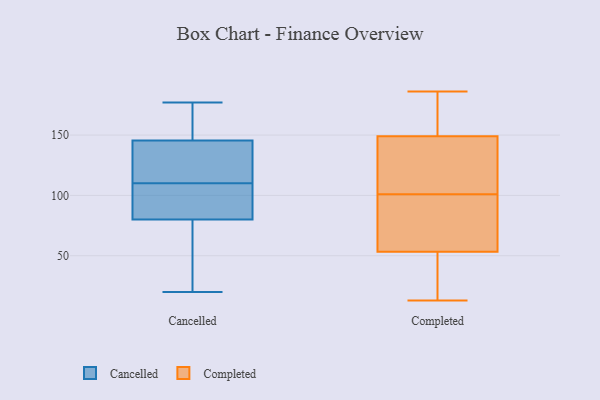
{"axis": {"x": "Net Income (USD K)", "y": "Value"}, "legend": ["Cancelled", "Completed"], "data": [{"x": "", "y": 110, "type": "Cancelled"}, {"x": "", "y": 175, "type": "Cancelled"}, {"x": "", "y": 154, "type": "Cancelled"}, {"x": "", "y": 129, "type": "Cancelled"}, {"x": "", "y": 110, "type": "Cancelled"}, {"x": "", "y": 103, "type": "Cancelled"}, {"x": "", "y": 112, "type": "Cancelled"}, {"x": "", "y": 34, "type": "Cancelled"}, {"x": "", "y": 24, "type": "Cancelled"}, {"x": "", "y": 177, "type": "Cancelled"}, {"x": "", "y": 151, "type": "Cancelled"}, {"x": "", "y": 89, "type": "Cancelled"}, {"x": "", "y": 83, "type": "Cancelled"}, {"x": "", "y": 86, "type": "Cancelled"}, {"x": "", "y": 129, "type": "Cancelled"}, {"x": "", "y": 79, "type": "Cancelled"}, {"x": "", "y": 54, "type": "Cancelled"}, {"x": "", "y": 20, "type": "Cancelled"}, {"x": "", "y": 175, "type": "Cancelled"}, {"x": "", "y": 186, "type": "Completed"}, {"x": "", "y": 51, "type": "Completed"}, {"x": "", "y": 182, "type": "Completed"}, {"x": "", "y": 178, "type": "Completed"}, {"x": "", "y": 101, "type": "Completed"}, {"x": "", "y": 126, "type": "Completed"}, {"x": "", "y": 27, "type": "Completed"}, {"x": "", "y": 72, "type": "Completed"}, {"x": "", "y": 20, "type": "Completed"}, {"x": "", "y": 177, "type": "Completed"}, {"x": "", "y": 137, "type": "Completed"}, {"x": "", "y": 81, "type": "Completed"}, {"x": "", "y": 94, "type": "Completed"}, {"x": "", "y": 13, "type": "Completed"}, {"x": "", "y": 16, "type": "Completed"}, {"x": "", "y": 153, "type": "Completed"}, {"x": "", "y": 109, "type": "Completed"}, {"x": "", "y": 60, "type": "Completed"}, {"x": "", "y": 121, "type": "Completed"}]}